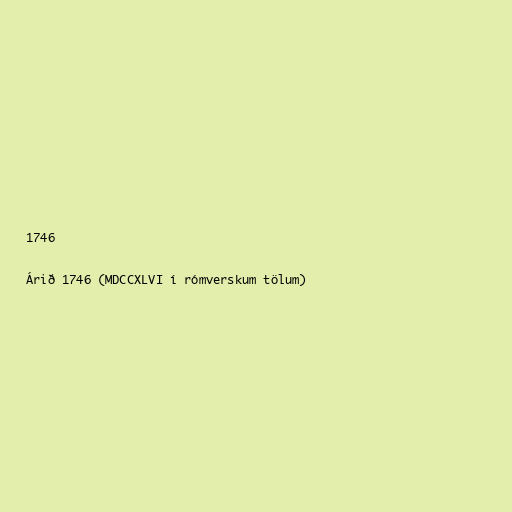
1746

Árið 1746 (MDCCXLVI í rómverskum tölum)